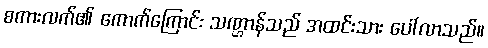
စကားလက်၏ ကောက်ကြောင်း သဏ္ဌာန်သည် အထင်းသား ပေါ်လာသည်။